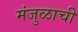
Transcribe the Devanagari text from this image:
मंजुळाची